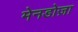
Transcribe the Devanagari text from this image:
मेनडोज़ा